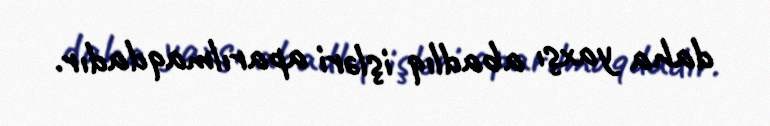
daha yaxşı abadlıq işləri aparılmaqdadır.